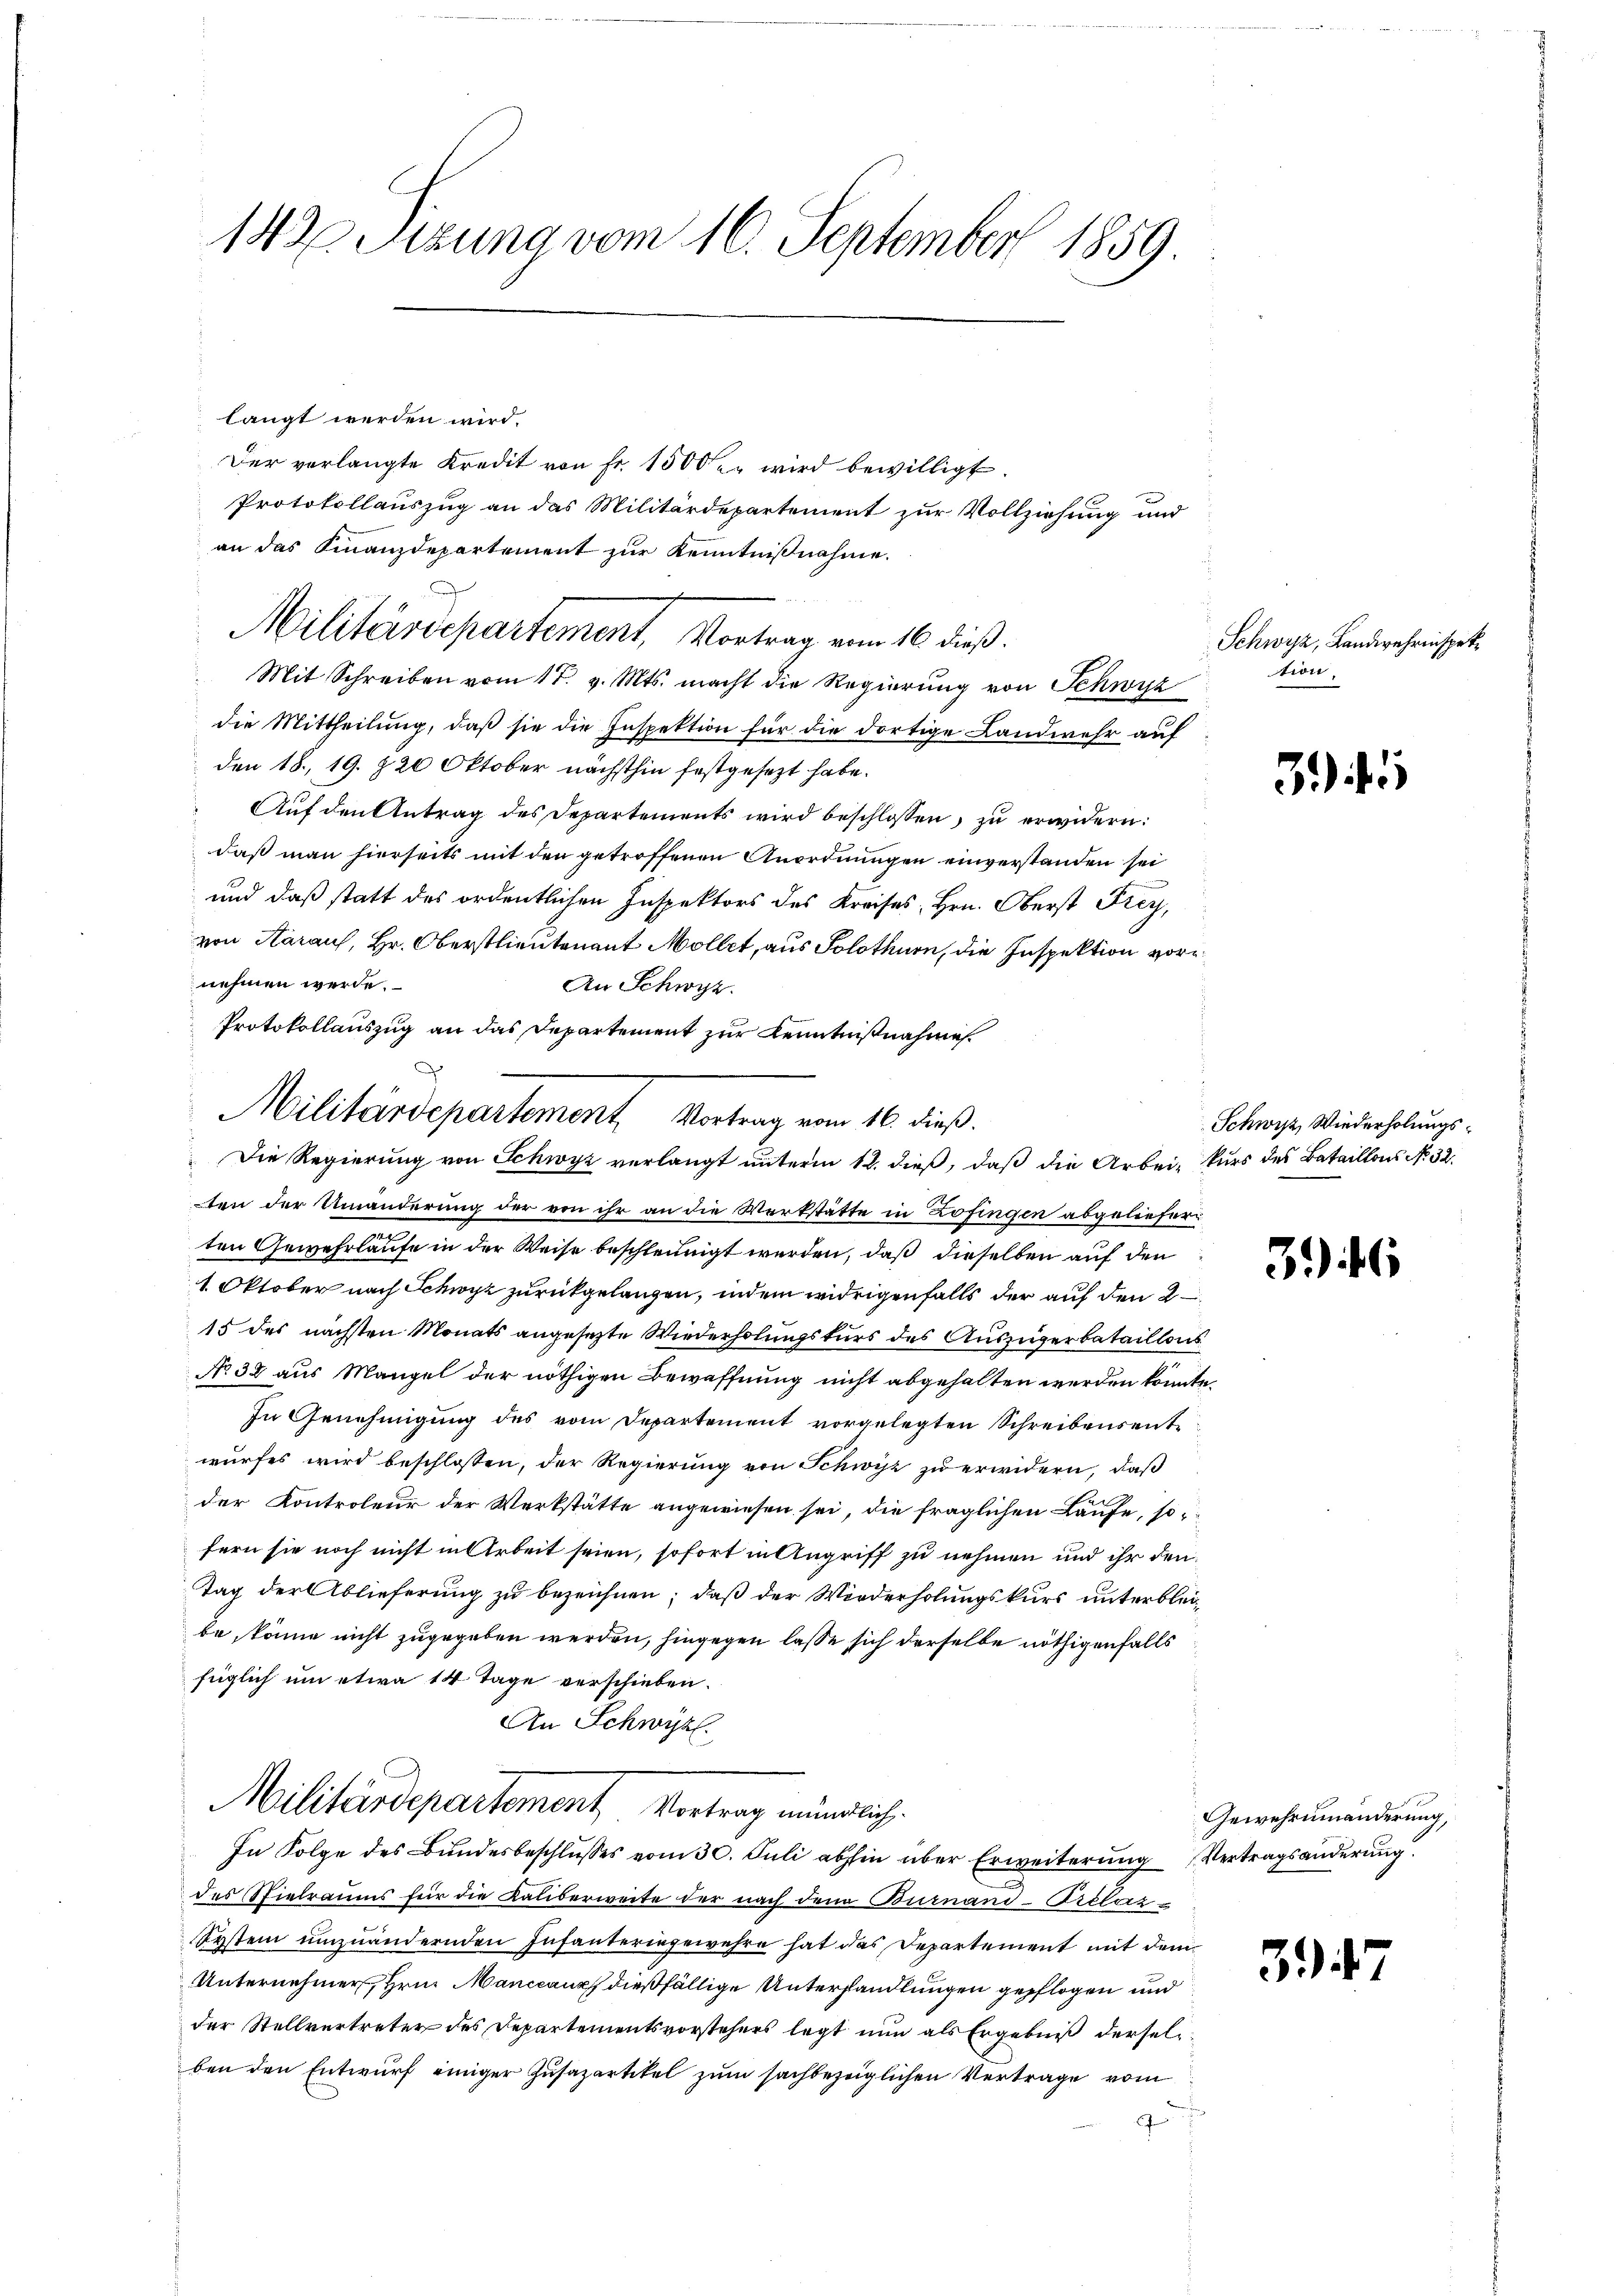
142 Sizung vom 16. September 1859.

langt werden wird.
Der verlangte Kredit von Fr. 1500. wird bewilligt.
Protokollauszug an das Militärdepartement zur Vollziehung und
an das Finanzdepartement zur Kenntnißnahme.
Militärdepartement, Vortrag vom 16. dieß.
Mit Schreiben vom 17. v. Mts. macht die Regierung von Schwyz
die Mittheilung, daß sie die Inspektion für die dortige Landwehr auf
den 18. 19. 820 Oktober nächsthin festgesezt habe.
Auf denkentrag des Departements wird beschlossen, zu erwidern:
daß man hierseits mit den getroffenen Anordnungen einverstanden sei
und daß statt des ordentlichen Inspektors des Kreises, Hrn. Oberst Frey,
von Aaraus, Hr. Oberstlieutenant Möllet, aus Solothurn, die Inspektion vornehmen werde.
An Schwyz.
Protokollauszug an das Departement zur Kenntnißnahme
ten der Umänderung der von ihr an die Werkstätte in Zofingen abgeliefern
ten Gewehrlaufe in der Weise beschleunigt werden, daß dieselben auf den
1. Oktober nach Schwyz zurückgelangen, indem widrigenfalls der auf den 2
15 des nächsten Monats angesezte Wiederholungskurs des Auszügerbataillons
No 38 aus Mangel der nöthigen Bewaffnung nicht abgehalten werden könn.
In Genehmigung des vom Departement vorgelegten Schreibensentwurfes wird beschlossen, der Regierung von Schwyz zu erwidern, daß
der Kontroleur der Werkstätte angewiesen sei, die fraglichen Laufe, sofern sie noch nicht in Arbeit seien, sofort in Angriff zu nehmen und ihr den¬
Tag der Ablieferung zu bezeichnen; daß der Wiederholungskurs unterbleibe, könne nicht zugegeben werden, hingegen lasse sich derselbe nöthigenfalls
füglich um etwa 14 Tage verschieben.
An Schwyz.
Militärdepartement, Vortrag mündlich
In Folge des Bundesbeschlusses vom 30. Juli abhin über Erweiterung
des Spielraums für die Kaliberweite der nach dem Burnaud-Prélaz¬
System umzuändernden Infanteringewehre hat das Departement mit dem
Unternehmer, Hrn. Manccanz dießfällige Unterhandlungen gepflogen und
der Stellvertreter des Departementsvorstehers legt nun als Ergebniß derselben den Entwurf einiger Zusazartikel zum sachbezeiglichen Vertrage vom
g

¬
Militärdepartement Vortrag vom 16. dieß.
Die Regierung von Schwyz verlangt unterm 12. dieß, daß die Arbei, kurs des Bataillons No. 32.

Schwyz, Landwehrinspektion,

3)

5

Schwyz, Wiederholungs¬

346

Gewehrumänderung,
Vertragsänderung.